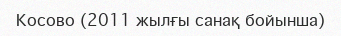
Косово (2011 жылғы санақ бойынша)